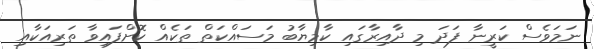
ނަމަވެސް ކަރީނާ ފަދަ މި ދާއިރާގައި ކާމިޔާބު މަސައްކަތް ތަކެއް ކޮށްފައިވާ ތަރިއަކާއި